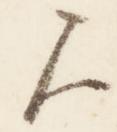
歟